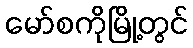
မော်စကိုမြို့တွင်